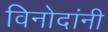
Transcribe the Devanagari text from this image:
विनोदांनी